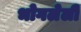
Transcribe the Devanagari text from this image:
भोगलेली